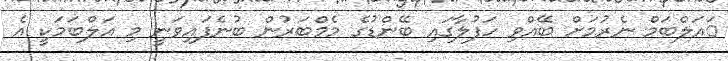
ައަލްބަމް ނެރުމަށް ބޭއްވި ހަފުލާގައި ބޭންޑުގެ މެމްބަރުން ބުނެފައިވަނީ މި އަލްބަމަކީ އެ